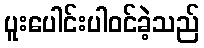
ပူးပေါင်းပါဝင်ခဲ့သည်